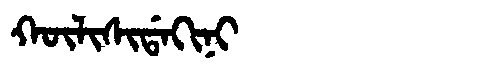
Manchu: ᡴᡡᠯᡳᠰᡳᡩᠠᡴᡳᠨᡳ
Romanization: KŪLISIDAKINI